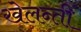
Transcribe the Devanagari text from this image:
खेलन्तीं